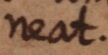
neat.